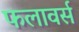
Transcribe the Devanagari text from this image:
फलावर्स